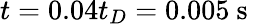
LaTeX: t=0.04t_{D}=0.005\mathrm{~s~}